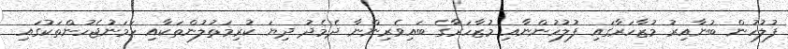
ފުލުހުން ބުނާއިރު މުޒާހަރާގައި ފުލުހުންނާއި މުޒާހަރާގެ ބައިވެރިންނާ ދެމެދު ދިޔަ ކުރިމަތުލުންތަކާއި ހަމަނުޖެހުންތަކުގައި